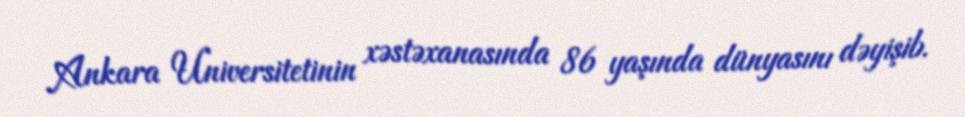
Ankara Universitetinin xəstəxanasında 86 yaşında dünyasını dəyişib.